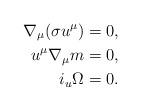
LaTeX: \begin{align*} \nabla_\mu(\sigma u^\mu)&=0,\\ u^\mu\nabla_\mu m&=0,\\ i_u\Omega&=0.\end{align*}